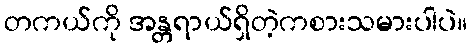
တကယ်ကို အန္တရာယ်ရှိတဲ့ကစားသမားပါပဲ။